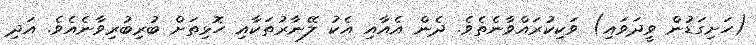
(ހަށިގަޑުން ވީދަވައި) ވަކިކުރައްވާނެތެވެ. ދެން އެއާއި އެކު ލޭނާރުތަކާއި ހޮޅިތަށް ބުރިބުރިވާނެއެވެ. އަދި